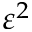
\varepsilon ^ { 2 }